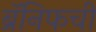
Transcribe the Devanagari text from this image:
ब्रॅनिफची